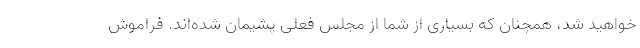
خواهید شد، همچنان که بسیاری از شما از مجلس فعلی پشیمان شده‌اند. فراموش